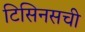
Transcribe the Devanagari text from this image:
टिसिनसची